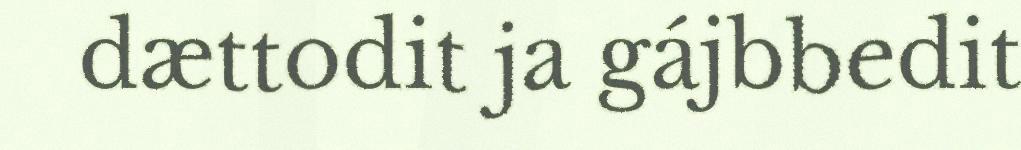
dættodit ja gájbbedit